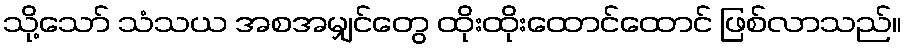
သို့သော် သံသယ အစအမျှင်တွေ ထိုးထိုးထောင်ထောင် ဖြစ်လာသည်။